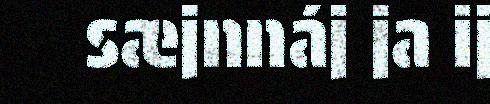
sæjnnáj ja ij